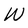
Character: W